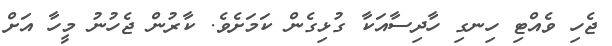
ޖެހި ވެއްޓި ހިނގި ހާދިސާއަކާ ގުޅިގެން ކަމަށެވެ. ކާރުން ޖެހުނު މީހާ އަށް